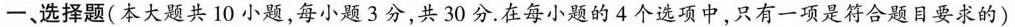
一、选择题(本大题共10小题，每小题3分，共30分.在每小题的4个选项中，只有一项是符合题目要求的)